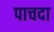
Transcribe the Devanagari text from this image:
पाचदा